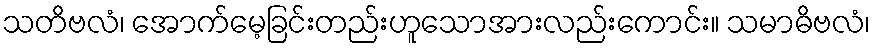
သတိဗလံ၊ အောက်မေ့ခြင်းတည်းဟူသောအားလည်းကောင်း။ သမာဓိဗလံ၊